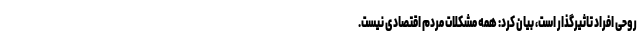
روحی افراد تاثیرگذار است، بیان کرد: همه مشکلات مردم اقتصادی نیست.